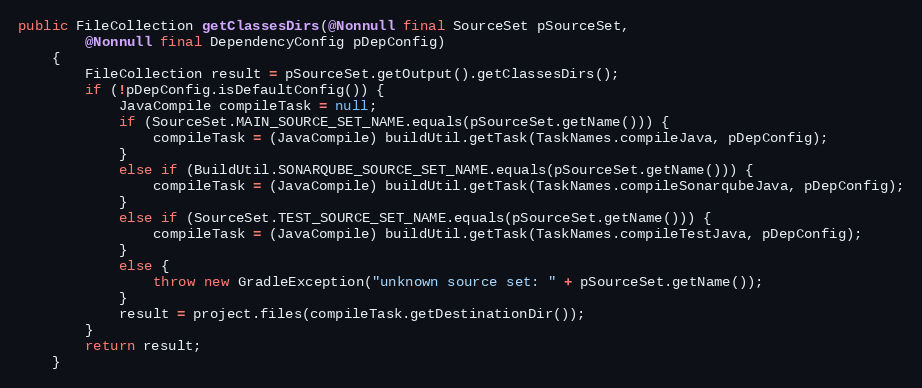
Language: Java
public FileCollection getClassesDirs(@Nonnull final SourceSet pSourceSet,
        @Nonnull final DependencyConfig pDepConfig)
    {
        FileCollection result = pSourceSet.getOutput().getClassesDirs();
        if (!pDepConfig.isDefaultConfig()) {
            JavaCompile compileTask = null;
            if (SourceSet.MAIN_SOURCE_SET_NAME.equals(pSourceSet.getName())) {
                compileTask = (JavaCompile) buildUtil.getTask(TaskNames.compileJava, pDepConfig);
            }
            else if (BuildUtil.SONARQUBE_SOURCE_SET_NAME.equals(pSourceSet.getName())) {
                compileTask = (JavaCompile) buildUtil.getTask(TaskNames.compileSonarqubeJava, pDepConfig);
            }
            else if (SourceSet.TEST_SOURCE_SET_NAME.equals(pSourceSet.getName())) {
                compileTask = (JavaCompile) buildUtil.getTask(TaskNames.compileTestJava, pDepConfig);
            }
            else {
                throw new GradleException("unknown source set: " + pSourceSet.getName());
            }
            result = project.files(compileTask.getDestinationDir());
        }
        return result;
    }